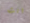
انت